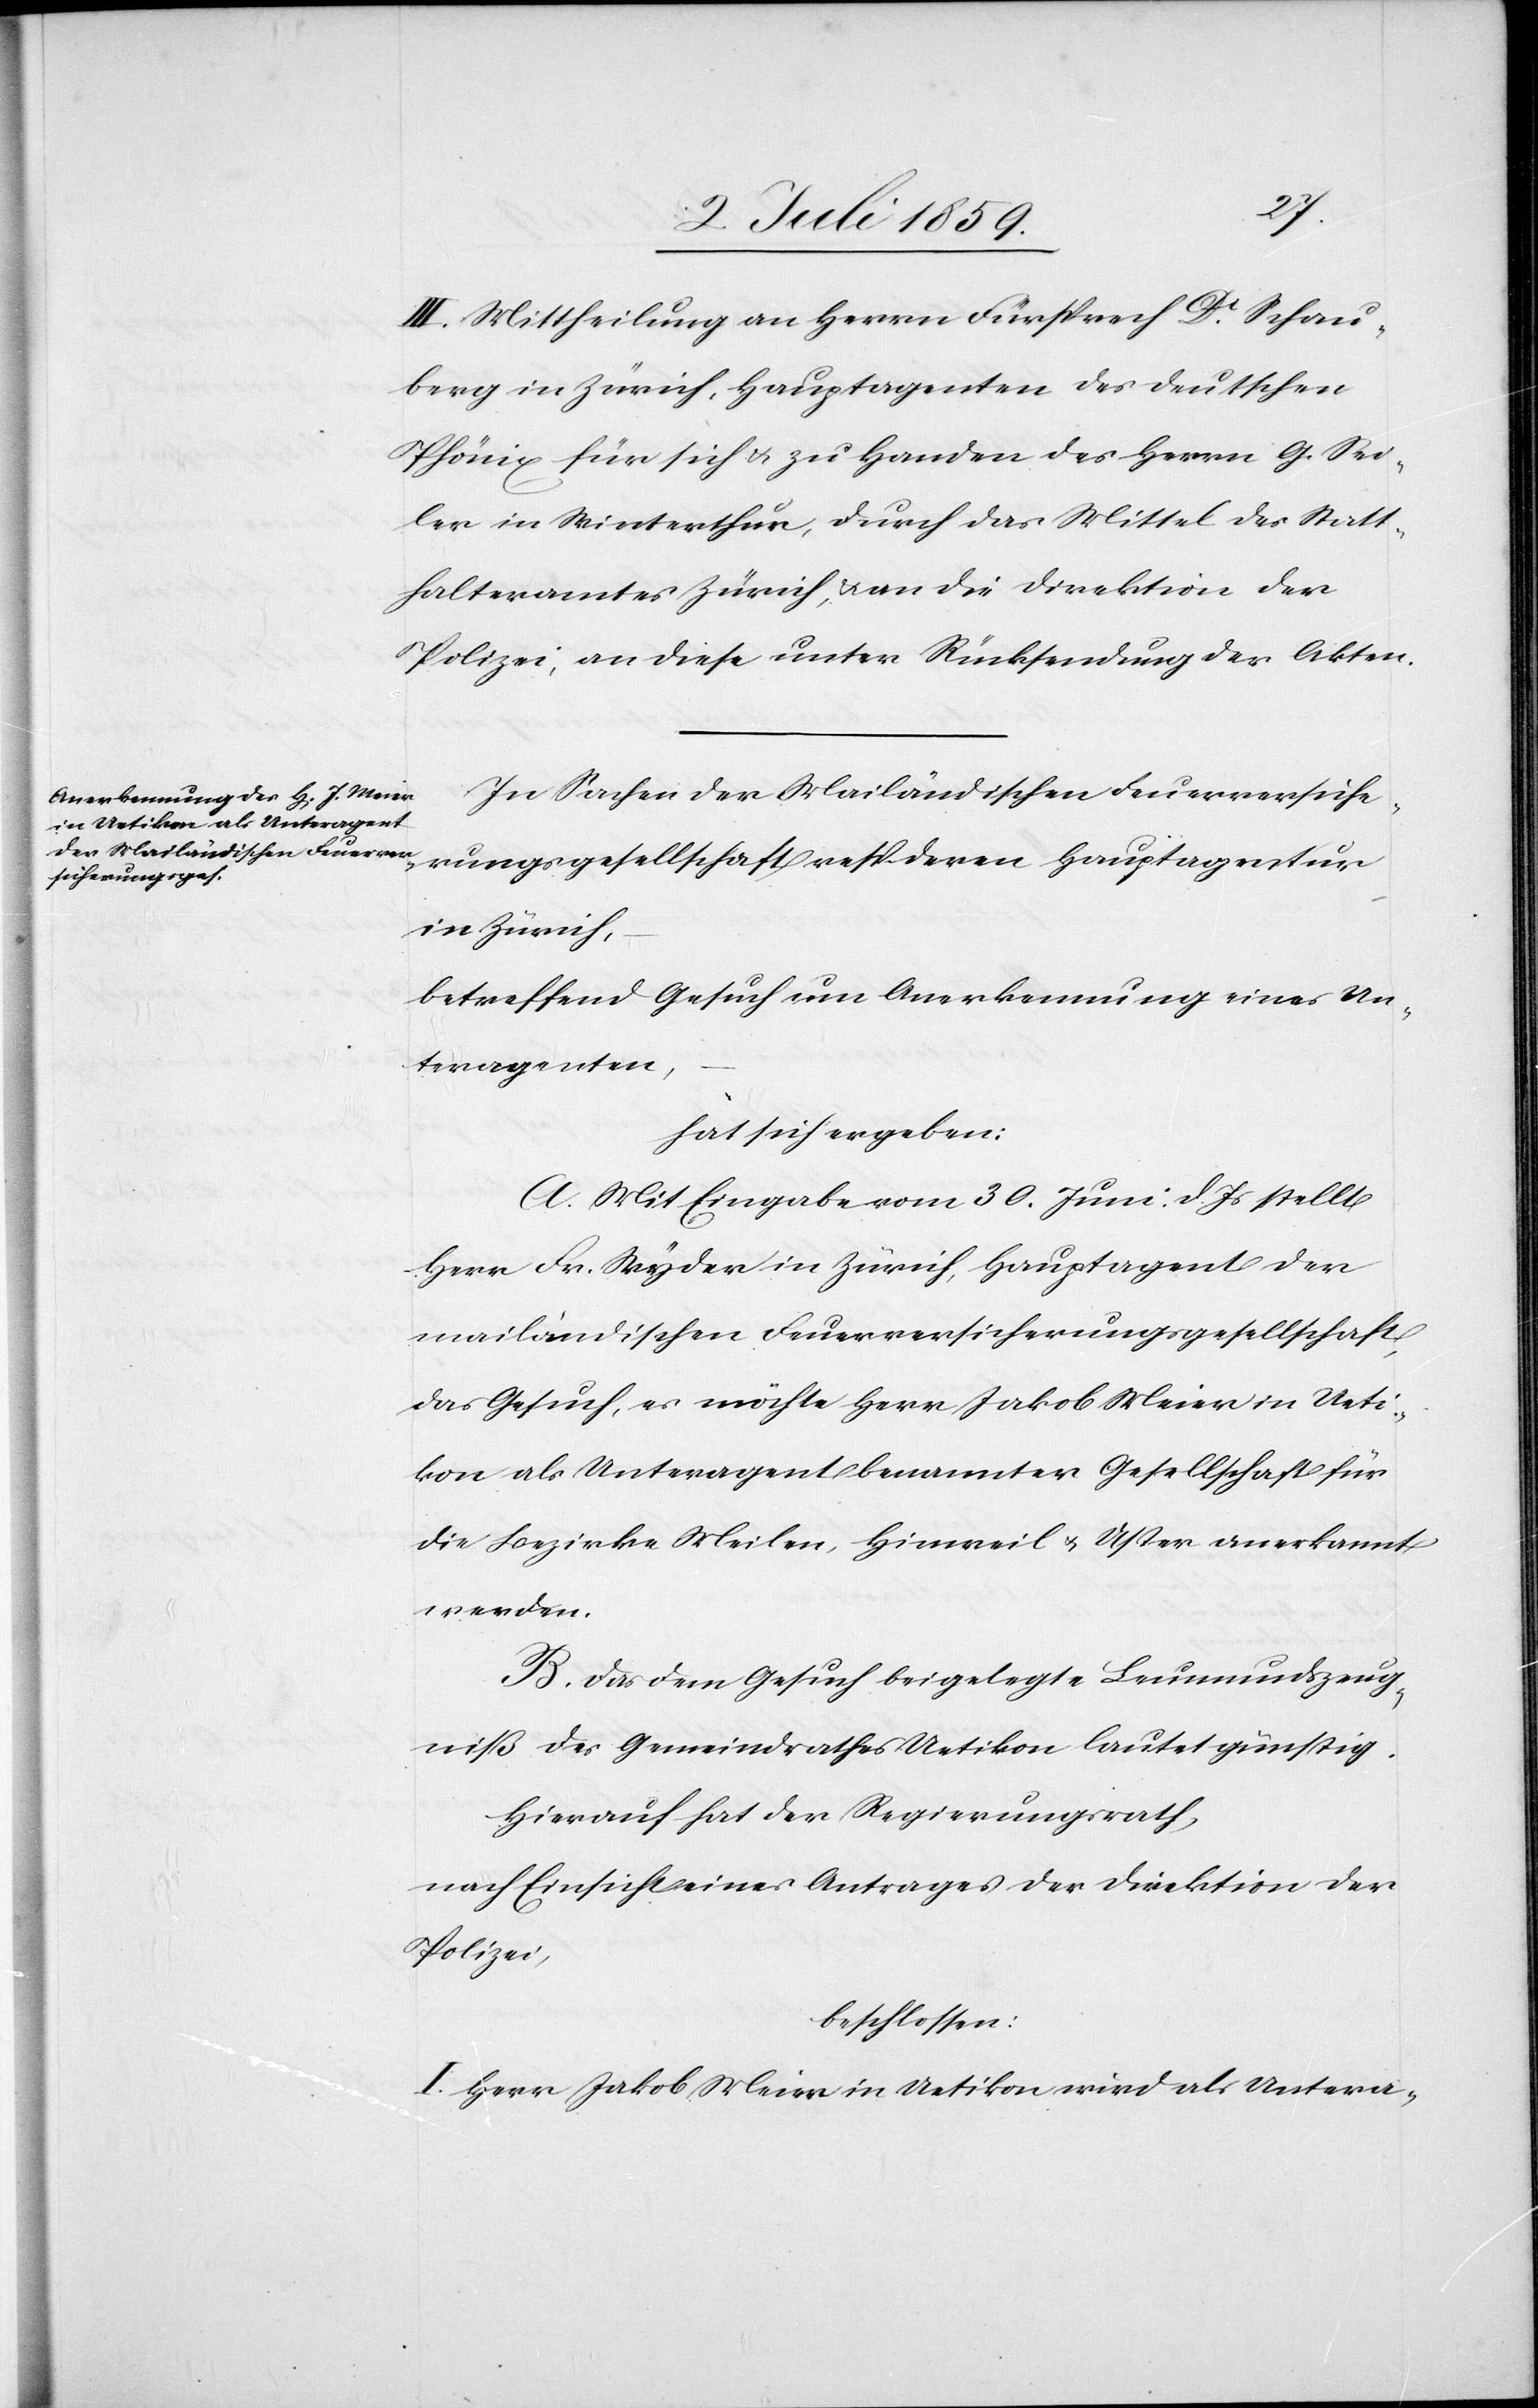
III. Mittheilung an Herrn Fürsprech Dr Schau¬
berg in Zürich, Hauptagenten des deutschen
Phönix für sich u. zu Handen des Herrn G. Sei¬
ler in Winterthur, durch das Mittel des Statt¬
halteramtes Zürich, u. an die Direktion der
Polizei, an diese unter Rücksendung der Akten.
In Sachen der Mailändischen Feuerversiche¬
rungsgesellschaft resp. deren Hauptagentur
in Zürich,
betreffend Gesuch um Anerkennung eines Un¬
teragenten,
hat sich ergeben:
A. Mit Eingabe vom 30. Juni d. Js. stellt
Herr Fr. Wyder in Zürich Hauptagent der
mailändischen Feuerversicherungsgesellschaft,
das Gesuch, es möchte Herr Jakob Meier in Ueti¬
kon als Unteragent benannter Gesellschaft für
die Bezirke Meilen, Hinweil & Uster anerkannt
werden.
B. Das dem Gesuch beigelegte Leumundszeug¬
niß des Gemeindrathes Uetikon lautet günstig.
Hierauf hat der Regierungsrath,
nach Einsicht eines Antrages der Direktion der
Polizei,
beschlossen:
I. Herr Jakob Meier in Uetikon wird als Untera-